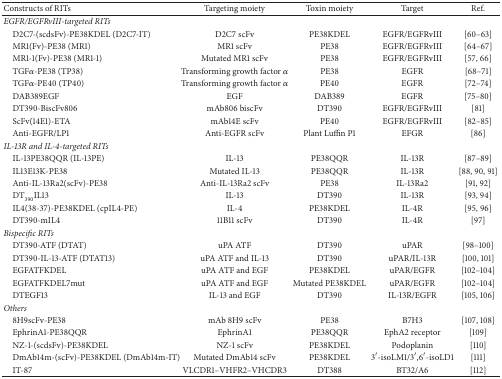
<table><thead><tr><td><b>Constructs of RITs</b></td><td><b>Targeting moiety</b></td><td><b>Toxin moiety</b></td><td><b>Target</b></td><td><b>Ref.</b></td></tr></thead><tbody><tr><td><i>EGFR/EGFRvIII-targeted RITs</i></td><td> </td><td> </td><td> </td><td> </td></tr><tr><td> D2C7-(scdsFv)-PE38KDEL (D2C7-IT)</td><td>D2C7 scFv</td><td>PE38KDEL</td><td>EGFR/EGFRvIII</td><td>[60–63]</td></tr><tr><td> MR1(Fv)-PE38 (MR1)</td><td>MR1 scFv</td><td>PE38</td><td>EGFR/EGFRvIII</td><td>[64–67]</td></tr><tr><td> MR1-1(Fv)-PE38 (MR1-1)</td><td>Mutated MR1 scFv</td><td>PE38</td><td>EGFR/EGFRvIII</td><td>[57, 66]</td></tr><tr><td> TGF<i>α</i>-PE38 (TP38)</td><td>Transforming growth factor <i>α</i></td><td>PE38</td><td>EGFR</td><td>[68–71]</td></tr><tr><td> TGF<i>α</i>-PE40 (TP40)</td><td>Transforming growth factor <i>α</i></td><td>PE40</td><td>EGFR</td><td>[72–74]</td></tr><tr><td> DAB389EGF</td><td>EGF</td><td>DAB389</td><td>EGFR</td><td>[75–80]</td></tr><tr><td> DT390-BiscFv806</td><td>mAb806 biscFv</td><td>DT390</td><td>EGFR/EGFRvIII</td><td>[81]</td></tr><tr><td> ScFv(14E1)-ETA</td><td>mAb14E scFv</td><td>PE40</td><td>EGFR/EGFRvIII</td><td>[82–85]</td></tr><tr><td> Anti-EGFR/LP1</td><td>Anti-EGFR scFv</td><td>Plant Luffin P1</td><td>EFGR</td><td>[86]</td></tr><tr><td><i>IL-13R and IL-4-targeted RITs</i></td><td> </td><td> </td><td> </td><td> </td></tr><tr><td> IL-13PE38QQR (IL-13PE)</td><td>IL-13</td><td>PE38QQR</td><td>IL-13R</td><td>[87–89]</td></tr><tr><td> IL13E13K-PE38</td><td>Mutated IL-13</td><td>PE38QQR</td><td>IL-13R</td><td>[88, 90, 91]</td></tr><tr><td> Anti-IL-13Ra2(scFv)-PE38</td><td>Anti-IL-13Ra2 scFv</td><td>PE38</td><td>IL-13Ra2</td><td>[91, 92]</td></tr><tr><td> DT<sub>390</sub>IL13</td><td>IL-13</td><td>DT390</td><td>IL-13R</td><td>[93, 94]</td></tr><tr><td> IL4(38-37)-PE38KDEL (cpIL4-PE)</td><td>IL-4</td><td>PE38KDEL</td><td>IL-4R</td><td>[95, 96]</td></tr><tr><td> DT390-mIL4</td><td>11B11 scFv</td><td>DT390</td><td>IL-4R</td><td>[97]</td></tr><tr><td><i>Bispecific RITs</i></td><td> </td><td> </td><td> </td><td> </td></tr><tr><td> DT390-ATF (DTAT)</td><td>uPA ATF</td><td>DT390</td><td>uPAR</td><td>[98–100]</td></tr><tr><td> DT390-IL-13-ATF (DTAT13)</td><td>uPA ATF and IL-13</td><td>DT390</td><td>uPAR/IL-13R</td><td>[100, 101]</td></tr><tr><td> EGFATFKDEL</td><td>uPA ATF and EGF</td><td>PE38KDEL</td><td>uPAR/EGFR</td><td>[102–104]</td></tr><tr><td> EGFATFKDEL7mut</td><td>uPA ATF and EGF</td><td>Mutated PE38KDEL</td><td>uPAR/EGFR</td><td>[102–104]</td></tr><tr><td> DTEGF13</td><td>IL-13 and EGF</td><td>DT390</td><td>IL-13R/EGFR</td><td>[105, 106]</td></tr><tr><td><i>Others</i></td><td> </td><td> </td><td> </td><td> </td></tr><tr><td> 8H9scFv-PE38</td><td>mAb 8H9 scFv</td><td>PE38</td><td>B7H3</td><td>[107, 108]</td></tr><tr><td> EphrinA1-PE38QQR</td><td>EphrinA1</td><td>PE38QQR</td><td>EphA2 receptor</td><td>[109]</td></tr><tr><td> NZ-1-(scdsFv)-PE38KDEL</td><td>NZ-1 scFv</td><td>PE38KDEL</td><td>Podoplanin</td><td>[110]</td></tr><tr><td> DmAb14m-(scFv)-PE38KDEL (DmAb14m-IT)</td><td>Mutated DmAb14 scFv</td><td>PE38KDEL</td><td>3′-isoLM1/3′,6′-isoLD1</td><td>[111]</td></tr><tr><td> IT-87</td><td>VLCDR1–VHFR2–VHCDR3</td><td>DT388</td><td>BT32/A6</td><td>[112]</td></tr></tbody></table>